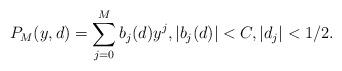
LaTeX: \begin{align*}P_M(y, d)=\sum_{j=0}^{M} b_j(d) y^j, |b_j(d)| < C, |d_j| < 1/2.\end{align*}